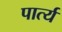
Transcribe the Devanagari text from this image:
पार्त्य